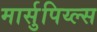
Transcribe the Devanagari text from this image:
मार्सुपिय्ल्स